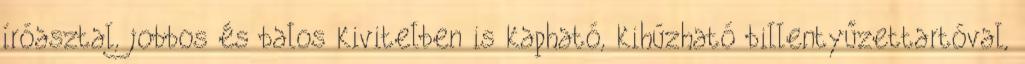
íróasztal, jobbos és balos kivitelben is kapható, kihúzható billentyűzettartóval,